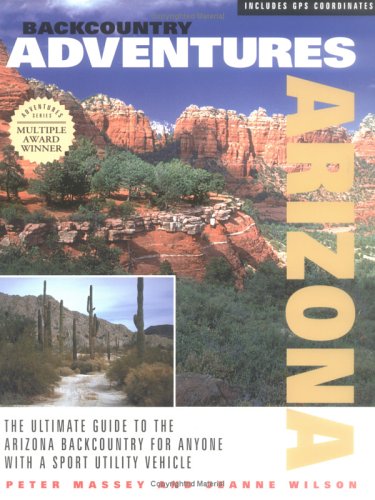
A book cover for Backcountry Adventures: Arizona; Peter Massey; Travel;